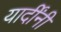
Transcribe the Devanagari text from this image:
यार्दींनी